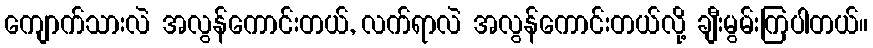
ကျောက်သားလဲ အလွန်ကောင်းတယ်, လက်ရာလဲ အလွန်ကောင်းတယ်လို့ ချီးမွမ်းကြပါတယ်။